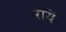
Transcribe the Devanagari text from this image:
रायें